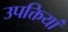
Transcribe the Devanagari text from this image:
उपक्तियां